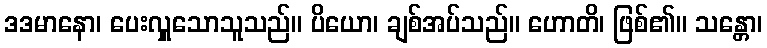
ဒဒမာနော၊ ပေးလှူသောသူသည်။ ပိယော၊ ချစ်အပ်သည်။ ဟောတိ၊ ဖြစ်၏။ သန္တော၊